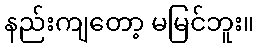
နည်းကျတော့ မမြင်ဘူး။